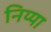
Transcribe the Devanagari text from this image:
निय्या